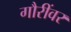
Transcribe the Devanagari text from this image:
गौरींवर